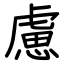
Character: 慮